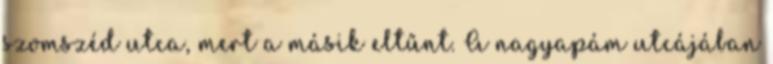
szomszéd utca, mert a másik eltűnt. A nagyapám utcájában